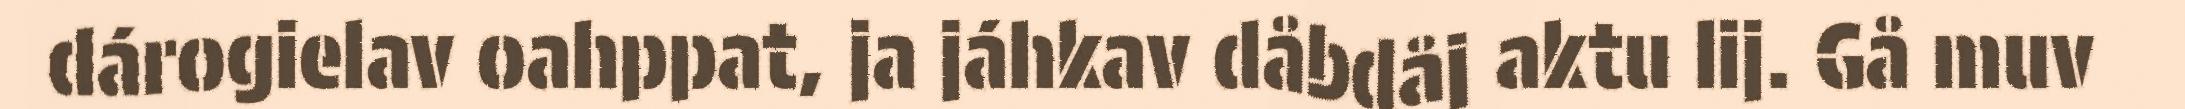
dárogielav oahppat, ja jáhkav dåbdåj aktu lij. Gå muv